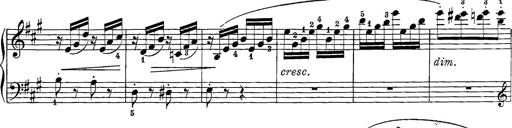
Title: 12 Sonatine per Pianoforte
Composer: Friedrich Kuhlau